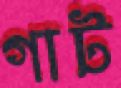
গাট